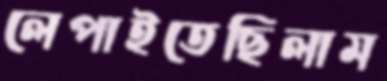
লেপাইতেছিলাম